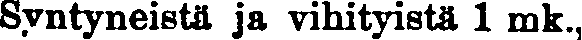
Syntyneistä ja vihityistä 1 mk.,